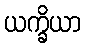
ယက္ခိယာ